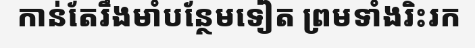
កាន់តែរឹងមាំបន្ថែមទៀត ព្រមទាំងរិះរក